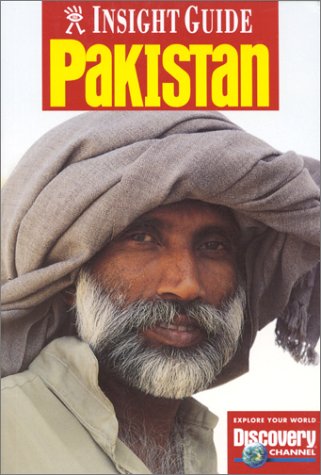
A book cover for Insight Guide Pakistan (Insight Guides); Tony Holliday; Travel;